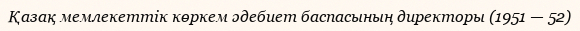
Қазақ мемлекеттік көркем әдебиет баспасының директоры (1951 — 52)